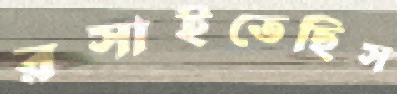
রসাইতেছিস